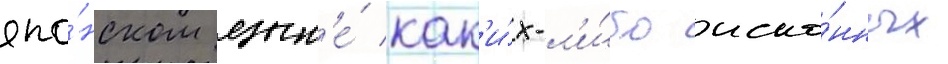
япо́нском язык'е́ как'и́х-л'и́бо иско́нных